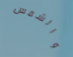
والشمس